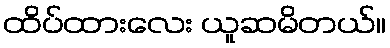
ထိပ်ထားလေး ယူဆမိတယ်။